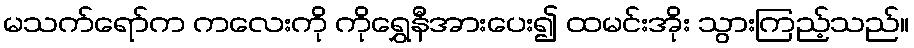
မသက်ရော်က ကလေးကို ကိုရွှေနီအားပေး၍ ထမင်းအိုး သွားကြည့်သည်။